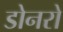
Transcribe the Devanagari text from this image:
डोनरो